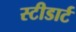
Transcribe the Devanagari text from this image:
स्टीडार्ट